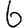
Digit: 6